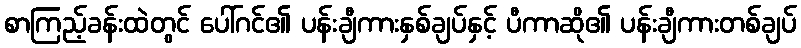
စာကြည့်ခန်းထဲတွင် ပေါ်ဂင်၏ ပန်းချီကားနှစ်ချပ်နှင့် ပီကာဆို၏ ပန်းချီကားတစ်ချပ်